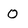
Character: 0